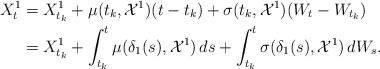
\begin{align*}X_{t}^1&=X_{t_k}^1+ \mu(t_k,\mathcal{X}^{1})(t-t_k)+ \sigma(t_k,\mathcal{X}^{1})(W_t-W_{t_k})\\&= X_{t_k}^1+ \int_{t_k}^{t}\mu({\delta_1}(s),\mathcal{X}^{1})\,ds+ \int_{t_k}^{t}\sigma({\delta_1}(s),\mathcal{X}^{1})\,dW_s.\end{align*}